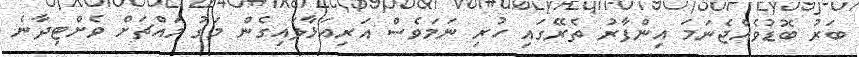
ބަރު ބޮޑުވެއްޖެނަމަ އިންފާރު ތެރޭގައި ހުރި ނަމަވެސް އަރިއަޅާލައިގެން މަގު މައްޗަށް ވެށްޓިދާނެ